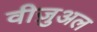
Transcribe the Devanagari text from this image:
वीज़ुअल